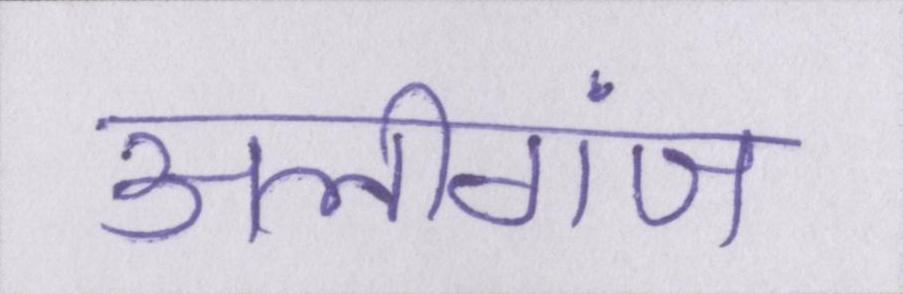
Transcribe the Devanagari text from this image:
अलीगंज